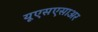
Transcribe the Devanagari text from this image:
यूएसएसाअर